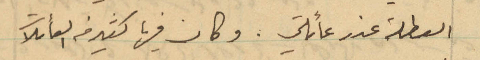
العطلة عند عائلتي. وكان فيها كثير من العائلات